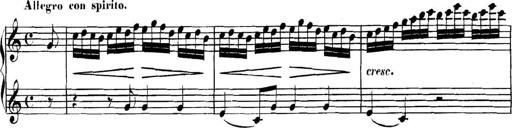
Title: Collected Piano Sonatas
Composer: Muzio Clementi